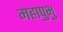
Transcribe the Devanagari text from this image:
महापुभु